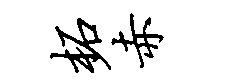
柘赤